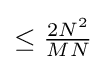
{\textstyle \leq {\frac {2N^{2}}{MN}}}